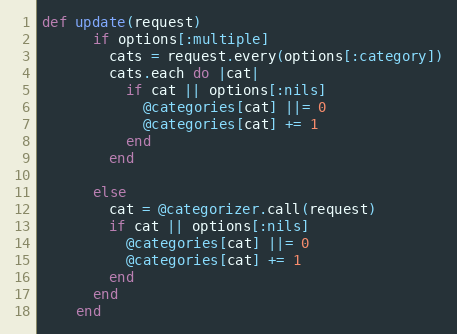
Language: Ruby
def update(request)
      if options[:multiple]
        cats = request.every(options[:category])
        cats.each do |cat|
          if cat || options[:nils]
            @categories[cat] ||= 0
            @categories[cat] += 1
          end
        end

      else
        cat = @categorizer.call(request)
        if cat || options[:nils]
          @categories[cat] ||= 0
          @categories[cat] += 1
        end
      end
    end